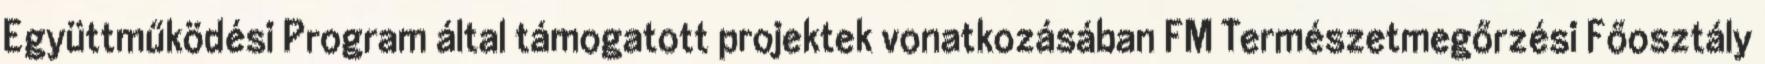
Együttműködési Program által támogatott projektek vonatkozásában FM Természetmegőrzési Főosztály